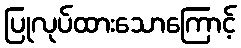
ပြုလုပ်ထားသောကြောင့်